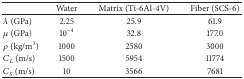
<table><thead><tr><td><b> </b></td><td><b>Water</b></td><td><b>Matrix (Ti-6Al-4V)</b></td><td><b>Fiber (SCS-6)</b></td></tr></thead><tbody><tr><td><i>λ</i> (GPa)</td><td>2.25</td><td>25.9</td><td>61.9</td></tr><tr><td><i>μ</i> (GPa)</td><td>10<sup>−4</sup></td><td>32.8</td><td>177.0</td></tr><tr><td><i>ρ</i> (kg/m<sup>3</sup>)</td><td>1000</td><td>2580</td><td>3000</td></tr><tr><td><i>C</i><sub><i>L</i></sub> (m/s)</td><td>1500</td><td>5954</td><td>11774</td></tr><tr><td><i>C</i><sub><i>S</i></sub> (m/s)</td><td>10</td><td>3566</td><td>7681</td></tr></tbody></table>